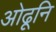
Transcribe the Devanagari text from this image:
ओढूनि